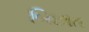
બિછાત